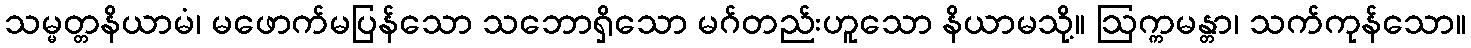
သမ္မတ္တနိယာမံ၊ မဖောက်မပြန်သော သဘောရှိသော မဂ်တည်းဟူသော နိယာမသို့။ ဩက္ကမန္တာ၊ သက်ကုန်သော။